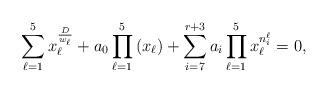
LaTeX: \begin{align*}\sum_{\ell =1}^{5}x_{\ell }^{\frac{D}{w _{\ell }}}+a_0\prod_{\ell =1}^{5}\left( x_\ell\right)+ \sum_{i =7}^{r+3}a_i\prod_{\ell =1}^{5}x_\ell^{n^\ell_i}=0,\end{align*}